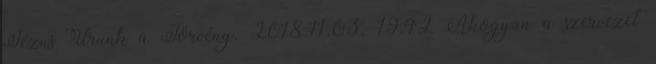
Jézus Urunk a Törvény. 2018.11.03. 19:42 Ahogyan a szervezet